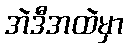
အဲဒီအထဲမှာ